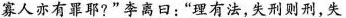
寡人亦有罪耶?”李离口：”理有法，失刑则刑，失